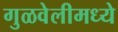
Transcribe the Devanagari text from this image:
गुळवेलीमध्ये